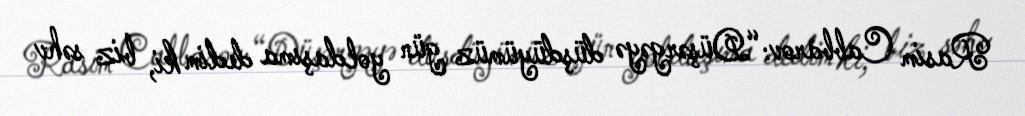
Rasim Cabbarov: “Düşərgəyə düşdüyümüz gün yoldaşıma dedim ki, biz səhv